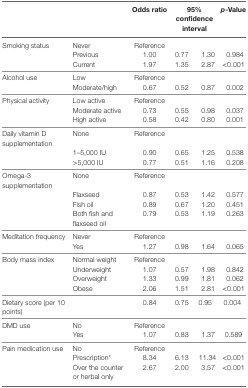
<table><thead><tr><td>[EMPTY_CELL]</td><td>[EMPTY_CELL]</td><td><b>Odds ratio</b></td><td colspan="2"><b>95% confidence interval</b></td><td><b><i>p</i>-Value</b></td></tr></thead><tbody><tr><td>Smoking status</td><td>Never</td><td>Reference</td><td>[EMPTY_CELL]</td><td>[EMPTY_CELL]</td><td>[EMPTY_CELL]</td></tr><tr><td>[EMPTY_CELL]</td><td>Previous</td><td>1.00</td><td>0.77</td><td>1.30</td><td>0.984</td></tr><tr><td>[EMPTY_CELL]</td><td>Current</td><td>1.97</td><td>1.35</td><td>2.87</td><td>&lt;0.001</td></tr><tr><td>Alcohol use</td><td>Low</td><td>Reference</td><td>[EMPTY_CELL]</td><td>[EMPTY_CELL]</td><td>[EMPTY_CELL]</td></tr><tr><td>[EMPTY_CELL]</td><td>Moderate/high</td><td>0.67</td><td>0.52</td><td>0.87</td><td>0.002</td></tr><tr><td>Physical activity</td><td>Low active</td><td>Reference</td><td>[EMPTY_CELL]</td><td>[EMPTY_CELL]</td><td>[EMPTY_CELL]</td></tr><tr><td>[EMPTY_CELL]</td><td>Moderate active</td><td>0.73</td><td>0.55</td><td>0.98</td><td>0.037</td></tr><tr><td>[EMPTY_CELL]</td><td>High active</td><td>0.58</td><td>0.42</td><td>0.80</td><td>0.001</td></tr><tr><td>Daily vitamin D supplementation</td><td>None</td><td>Reference</td><td>[EMPTY_CELL]</td><td>[EMPTY_CELL]</td><td>[EMPTY_CELL]</td></tr><tr><td>[EMPTY_CELL]</td><td>1–5,000 IU</td><td>0.90</td><td>0.65</td><td>1.25</td><td>0.538</td></tr><tr><td>[EMPTY_CELL]</td><td>&gt;5,000 IU</td><td>0.77</td><td>0.51</td><td>1.16</td><td>0.208</td></tr><tr><td>Omega-3 supplementation</td><td>None</td><td>Reference</td><td>[EMPTY_CELL]</td><td>[EMPTY_CELL]</td><td>[EMPTY_CELL]</td></tr><tr><td>[EMPTY_CELL]</td><td>Flaxseed</td><td>0.87</td><td>0.53</td><td>1.42</td><td>0.577</td></tr><tr><td>[EMPTY_CELL]</td><td>Fish oil</td><td>0.89</td><td>0.67</td><td>1.20</td><td>0.451</td></tr><tr><td>[EMPTY_CELL]</td><td>Both fish and flaxseed oil</td><td>0.79</td><td>0.53</td><td>1.19</td><td>0.263</td></tr><tr><td>Meditation frequency</td><td>Never</td><td>Reference</td><td>[EMPTY_CELL]</td><td>[EMPTY_CELL]</td><td>[EMPTY_CELL]</td></tr><tr><td>[EMPTY_CELL]</td><td>Yes</td><td>1.27</td><td>0.98</td><td>1.64</td><td>0.065</td></tr><tr><td>Body mass index</td><td>Normal weight</td><td>Reference</td><td>[EMPTY_CELL]</td><td>[EMPTY_CELL]</td><td>[EMPTY_CELL]</td></tr><tr><td>[EMPTY_CELL]</td><td>Underweight</td><td>1.07</td><td>0.57</td><td>1.98</td><td>0.842</td></tr><tr><td>[EMPTY_CELL]</td><td>Overweight</td><td>1.33</td><td>0.99</td><td>1.81</td><td>0.062</td></tr><tr><td>[EMPTY_CELL]</td><td>Obese</td><td>2.06</td><td>1.51</td><td>2.81</td><td>&lt;0.001</td></tr><tr><td>Dietary score (per 10 points)</td><td>[EMPTY_CELL]</td><td>0.84</td><td>0.75</td><td>0.95</td><td>0.004</td></tr><tr><td>DMD use</td><td>No</td><td>Reference</td><td>[EMPTY_CELL]</td><td>[EMPTY_CELL]</td><td>[EMPTY_CELL]</td></tr><tr><td>[EMPTY_CELL]</td><td>Yes</td><td>1.07</td><td>0.83</td><td>1.37</td><td>0.589</td></tr><tr><td>Pain medication use</td><td>No</td><td>Reference</td><td>[EMPTY_CELL]</td><td>[EMPTY_CELL]</td><td>[EMPTY_CELL]</td></tr><tr><td>[EMPTY_CELL]</td><td>Prescription*</td><td>8.34</td><td>6.13</td><td>11.34</td><td>&lt;0.001</td></tr><tr><td>[EMPTY_CELL]</td><td>Over the counter or herbal only</td><td>2.67</td><td>2.00</td><td>3.57</td><td>&lt;0.001</td></tr></tbody></table>